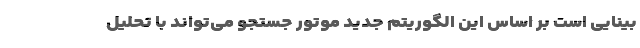
بینایی است بر اساس این الگوریتم جدید موتور جستجو می‌تواند با تحلیل